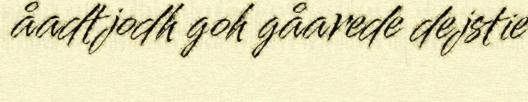
åadtjodh goh gåarede dejstie